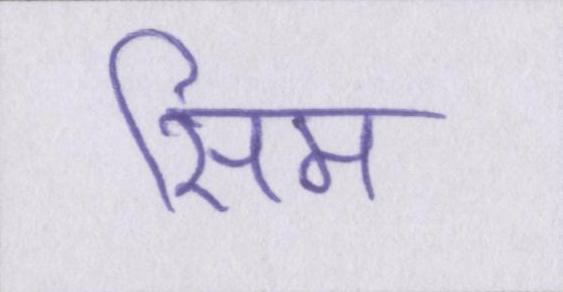
सिम